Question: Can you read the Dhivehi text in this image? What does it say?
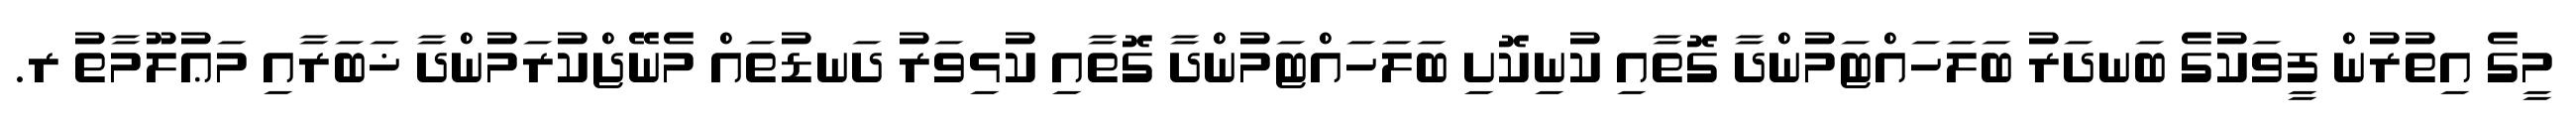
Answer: މީގެ އިތުރުން ފީވަކުގެ ބަނދަރު ބަލަހައްޓަމުންދާ ގޮތާއި ކުނިކޮށި ބަލަހައްޓަމުންދާ ގޮތާއި ކުޅިވަރު ދަނޑުތައް މެނޭޖްކުރަމުންދާ ޚަބަރާއި މަޢުލޫމާތު ރ.